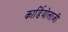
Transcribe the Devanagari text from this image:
कार्डियोलाजी